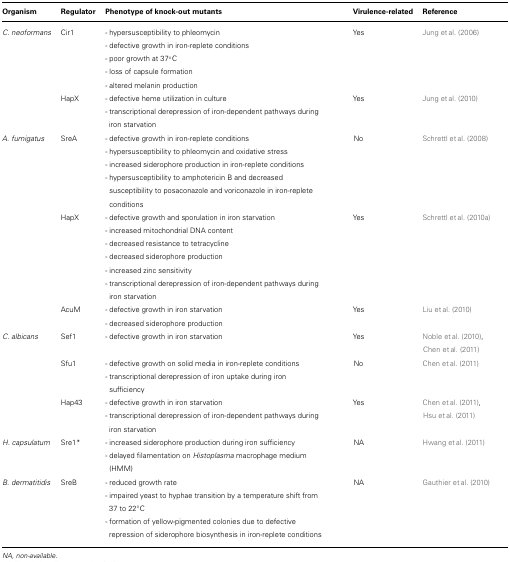
<table><thead><tr><td><b>Organism</b></td><td><b>Regulator</b></td><td><b>Phenotype of knock-out mutants</b></td><td><b>Virulence-related</b></td><td><b>Reference</b></td></tr></thead><tbody><tr><td><i>C. neoformans</i></td><td>Cir1</td><td>- hypersusceptibility to phleomycin - defective growth in iron-replete conditions - poor growth at 37°C - loss of capsule formation - altered melanin production</td><td>Yes</td><td>Jung et al. (2006)</td></tr><tr><td></td><td>HapX</td><td>- defective heme utilization in culture - transcriptional derepression of iron-dependent pathways during iron starvation</td><td>Yes</td><td>Jung et al. (2010)</td></tr><tr><td><i>A. fumigatus</i></td><td>SreA</td><td>- defective growth in iron-replete conditions - hypersusceptibility to phleomycin and oxidative stress - increased siderophore production in iron-replete conditions - hypersusceptibility to amphotericin B and decreased susceptibility to posaconazole and voriconazole in iron-replete conditions</td><td>No</td><td>Schrettl et al. (2008)</td></tr><tr><td></td><td>HapX</td><td>- defective growth and sporulation in iron starvation - increased mitochondrial DNA content - decreased resistance to tetracycline - decreased siderophore production - increased zinc sensitivity - transcriptional derepression of iron-dependent pathways during iron starvation</td><td>Yes</td><td>Schrettl et al. (2010a)</td></tr><tr><td></td><td>AcuM</td><td>- defective growth in iron starvation - decreased siderophore production</td><td>Yes</td><td>Liu et al. (2010)</td></tr><tr><td><i>C. albicans</i></td><td>Sef1</td><td>- defective growth in iron starvation</td><td>Yes</td><td>Noble et al. (2010),Chen et al. (2011)<i></i></td></tr><tr><td></td><td>Sfu1</td><td>- defective growth on solid media in iron-replete conditions - transcriptional derepression of iron uptake during iron sufficiency</td><td>No</td><td>Chen et al. (2011)<i></i></td></tr><tr><td></td><td>Hap43</td><td>- defective growth in iron starvation - transcriptional derepression of iron-dependent pathways during iron starvation</td><td>Yes</td><td>Chen et al. (2011),Hsu et al. (2011)</td></tr><tr><td><i>H. capsulatum</i></td><td>Sre1*</td><td>- increased siderophore production during iron sufficiency - delayed filamentation on <i>Histoplasma</i> macrophage medium (HMM)</td><td>NA</td><td>Hwang et al. (2011)</td></tr><tr><td><i>B. dermatitidis</i></td><td>SreB</td><td>- reduced growth rate - impaired yeast to hyphae transition by a temperature shift from 37 to 22°C - formation of yellow-pigmented colonies due to defective repression of siderophore biosynthesis in iron-replete conditions</td><td>NA</td><td>Gauthier et al. (2010)</td></tr></tbody></table>